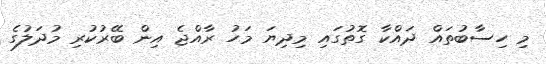
މި ހިސާބުތައް ދައްކާ ގޮތުގައި މިދިޔަ މަހު ރާއްޖެ އިން ބޭރުކުރި މުދަލުގެ